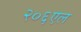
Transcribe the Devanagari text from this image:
२०६एल